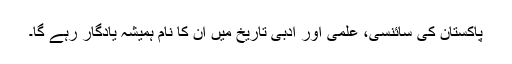
پاکستان کی سائنسی، علمی اور ادبی تاریخ میں ان کا نام ہمیشہ یادگار رہے گا۔